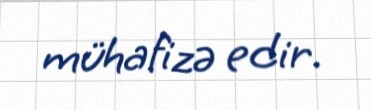
mühafizə edir.